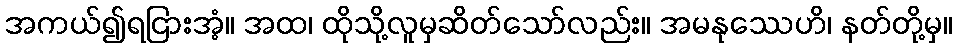
အကယ်၍ရငြားအံ့။ အထ၊ ထိုသို့လူမှဆိတ်သော်လည်း။ အမနုဿေဟိ၊ နတ်တို့မှ။